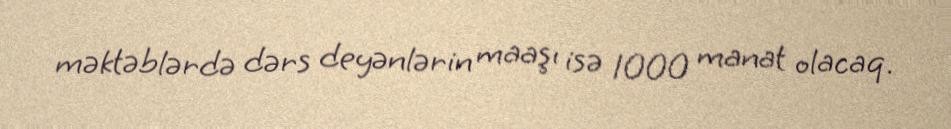
məktəblərdə dərs deyənlərin maaşı isə 1000 manat olacaq.